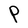
Character: P